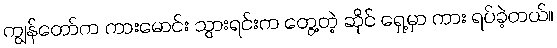
ကျွန်တော်က ကားမောင်း သွားရင်းက တွေ့တဲ့ ဆိုင် ရှေ့မှာ ကား ရပ်ခဲ့တယ်။